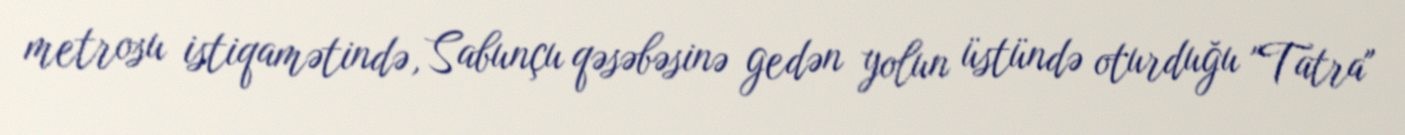
metrosu istiqamətində, Sabunçu qəsəbəsinə gedən yolun üstündə oturduğu "Tatra"